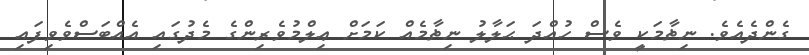
ގެންދެއެވެ. ނިޡާމަކީ ވެސް ހުއްދަ ޙަލާލު ނިޡާމެއް ކަމަށް ޢިލްމުވެރިންގެ މެދުގައި އެއްބަސްވެވިފައި